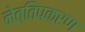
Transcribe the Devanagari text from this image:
नेत्तिपकरण